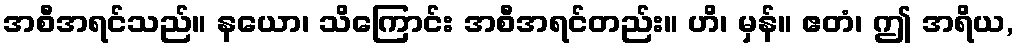
အစီအရင်သည်။ နယော၊ သိကြောင်း အစီအရင်တည်း။ ဟိ၊ မှန်။ ဧတံ၊ ဤ အရိယ,